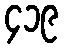
၄၁၉